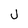
Character: J